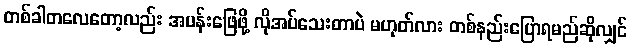
တစ်ခါတလေတော့လည်း အပန်းဖြေဖို့ လိုအပ်သေးတာပဲ မဟုတ်လား တစ်နည်းပြောရမည်ဆိုလျှင်